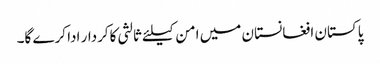
پاکستان افغانستان میں امن کیلئے ثالثی کاکردار ادا کرے گا۔